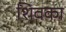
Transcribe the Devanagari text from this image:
शिवका